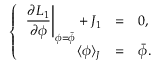
\left\{ \begin{array} { r c l } { { \displaystyle \left. \frac { \partial { \cal L } _ { 1 } } { \partial \phi } \right| _ { \phi = \bar { \phi } } + J _ { 1 } } } & { { = } } & { { 0 , } } \\ { { \langle \phi \rangle _ { J } } } & { { = } } & { { \bar { \phi } . } } \end{array} \right.